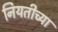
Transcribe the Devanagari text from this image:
नियतीच्या